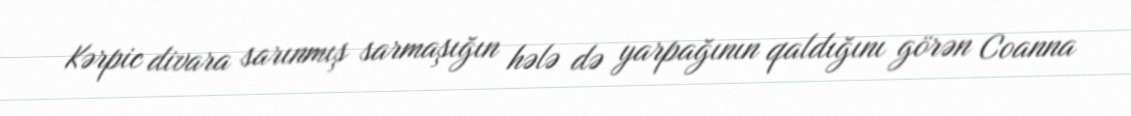
Kərpic divara sarınmış sarmaşığın hələ də yarpağının qaldığını görən Coanna